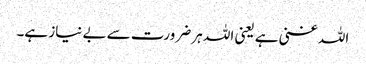
اللہ غنی ہے یعنی اللہ ہر ضرورت سے بے نیاز ہے۔